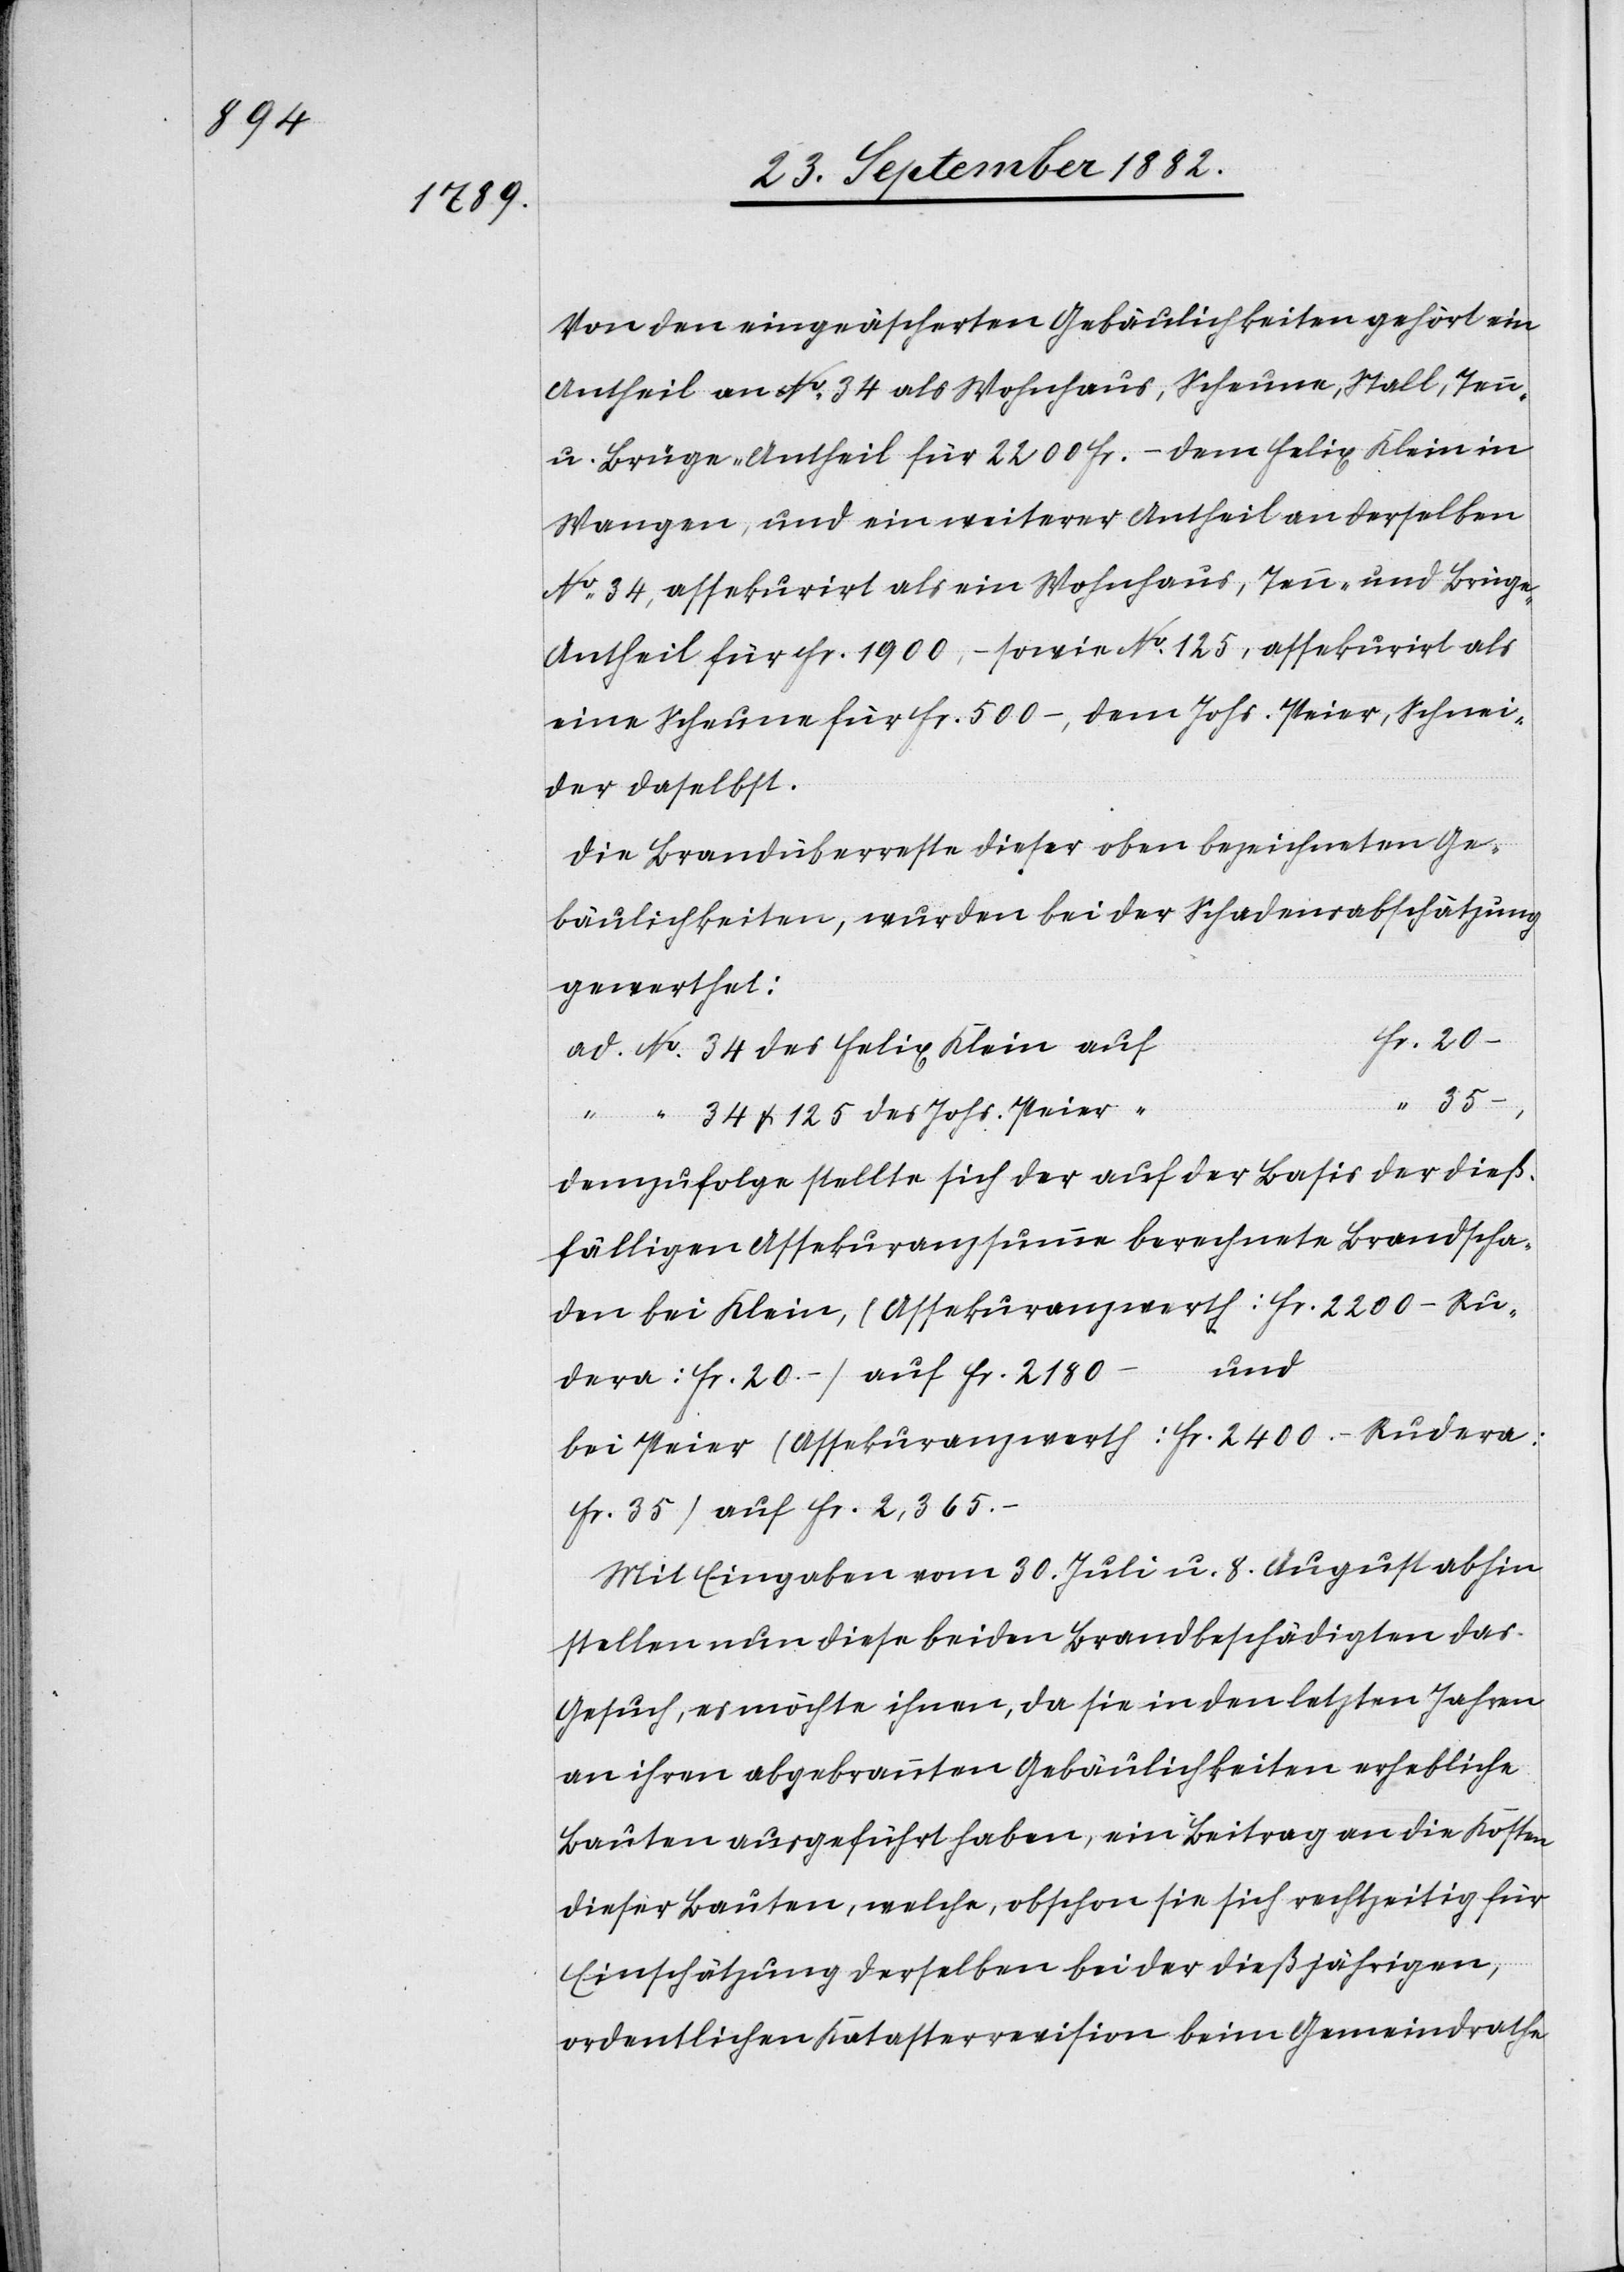
Von den eingeäscherten Gebäulichkeiten gehört ein
Antheil an No 34 als Wohnhaus, Scheune, Stall, Tenn-
u. Brüge-Antheil für 2200 Fr. – dem Felix Klein in
Wangen, und ein weiterer Antheil an derselben
No 34, assekurirt als ein Wohnhaus, Tenn- und Brüg¬
e-Antheil für Fr. 1900. – sowie No 125, assekurirt als
eine Scheune für Fr. 500 –, dem Johs. Peier, Schnei¬
der daselbst.
Die Brandüberreste dieser oben bezeichneten Ge¬
bäulichkeiten, wurden bei der Schadensabschätzung
gewerthet:
34 & 125 des Johs. Peier
demzufolge stellte sich der auf der Basis der dieß¬
fälligen Assekuranzsumme berechnete Brandscha¬
den bei Klein, (Assekuranzwerth: Fr. 2200 – Ru¬
und
dera: Fr. 20.–) auf Fr. 2180
bei Peier (Assekuranzwerth: Fr. 2400.– Rudera:
Fr. 35) auf Fr. 2,365.–
Mit Eingaben vom 30. Juli u. 8. August abhin
stellen nun diese beiden Brandbeschädigten das
Gesuch, es möchte ihnen, da sie in den letzten Jahren
an ihren abgebrannten Gebäulichkeiten erhebliche
Bauten ausgeführt haben, ein Beitrag an die Kosten
dieser Bauten, welche, obschon sie sich rechtzeitig für
Einschätzung derselben bei der dießjährigen
ordentlichen Katasterrevision beim Gemeindrathe